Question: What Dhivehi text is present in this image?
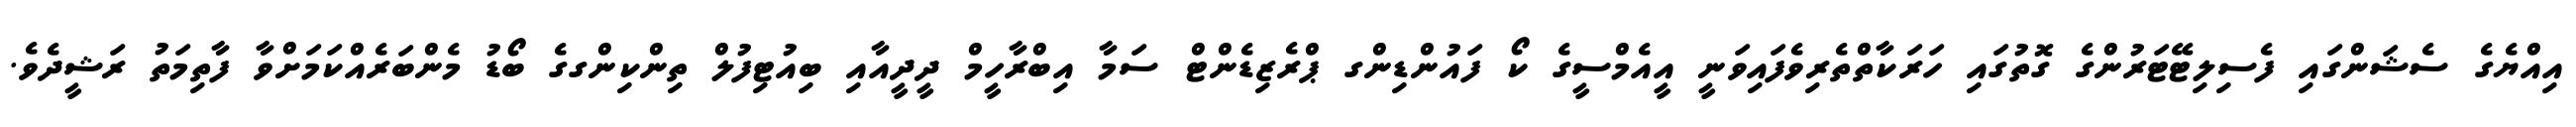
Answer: އިއްޔެގެ ސެޝަންގައި ފެސިލިޓޭޓަރުންގެ ގޮތުގައި ހަރަކާތްތެރިވެފައިވަނީ އީއެމްސީގެ ކޯ ފައުންޑިންގ ޕްރެޒިޑެންޓް ސަމާ އިބްރާހީމް ދީދީއާއި ބިއުޓިފުލް ތިންކިންގގެ ބޯޑު މެންބަރެއްކަމަށްވާ ފާތިމަތު ރަޝީދެވެ.